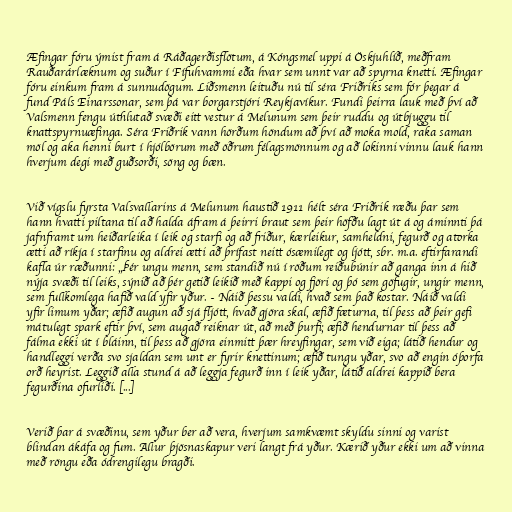
Æfingar fóru ýmist fram á Ráðagerðisflötum, á Kóngsmel uppi á Öskjuhlíð, meðfram
Rauðarárlæknum og suður í Fífuhvammi eða hvar sem unnt var að spyrna knetti. Æfingar
fóru einkum fram á sunnudögum. Liðsmenn leituðu nú til séra Friðriks sem fór þegar á
fund Páls Einarssonar, sem þá var borgarstjóri Reykjavíkur. Fundi þeirra lauk með því að
Valsmenn fengu úthlutað svæði eitt vestur á Melunum sem þeir ruddu og útbjuggu til
knattspyrnuæfinga. Séra Friðrik vann hörðum höndum að því að moka mold, raka saman
möl og aka henni burt í hjólbörum með öðrum félagsmönnum og að lokinni vinnu lauk hann
hverjum degi með guðsorði, söng og bæn.

Við vígslu fyrsta Valsvallarins á Melunum haustið 1911 hélt séra Friðrik ræðu þar sem
hann hvatti piltana til að halda áfram á þeirri braut sem þeir höfðu lagt út á og áminnti þá
jafnframt um heiðarleika í leik og starfi og að friður, kærleikur, samheldni, fegurð og atorka
ætti að ríkja í starfinu og aldrei ætti að þrífast neitt ósæmilegt og ljótt, sbr. m.a. eftirfarandi
kafla úr ræðunni: „Þér ungu menn, sem standið nú í röðum reiðubúnir að ganga inn á hið
nýja svæði til leiks, sýnið að þér getið leikið með kappi og fjöri og þó sem göfugir, ungir menn,
sem fullkomlega hafið vald yfir yður. - Náið þessu valdi, hvað sem það kostar. Náið valdi
yfir limum yðar; æfið augun að sjá fljótt, hvað gjöra skal, æfið fæturna, til þess að þeir gefi
mátulegt spark eftir því, sem augað reiknar út, að með þurfi; æfið hendurnar til þess að
fálma ekki út í bláinn, til þess að gjöra einmitt þær hreyfingar, sem við eiga; látið hendur og
handleggi verða svo sjaldan sem unt er fyrir knettinum; æfið tungu yðar, svo að engin óþorfa
orð heyrist. Leggið alla stund á að leggja fegurð inn í leik yðar, látið aldrei kappið bera
fegurðina ofurliði. [...]

Verið þar á svæðinu, sem yður ber að vera, hverjum samkvæmt skyldu sinni og varist
blindan ákáfa og fum. Allur þjösnaskapur veri langt frá yður. Kærið yður ekki um að vinna
með röngu eða ódrengilegu bragði.